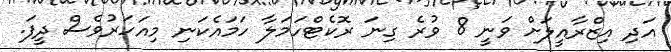
އަދި އިޒްރާއީލަށް ވަނީ 8 ވުރެ ގިނަ ރޮކެޓްހަމަލާ ހަމައެކަނި މިއަހަރުވެސް ދީފަ.